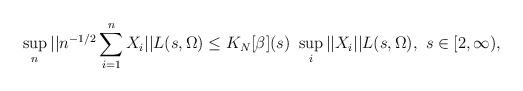
LaTeX: \begin{align*} \sup_n || n^{-1/2} \sum_{i=1}^n X_i||L(s,\Omega) \le K_N [\beta](s) \ \sup_i ||X_i||L(s,\Omega), \ s \in [2,\infty),\end{align*}